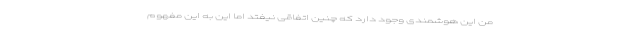
من این هوشمندی وجود دارد که چنین اتفاقی نیفتد اما این به این مفهوم